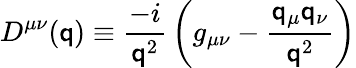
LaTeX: D^{\mu\nu}(\mathsf{q})\equiv{\frac{{-i}}{{\mathsf{q}^{2}}}}\left(g_{\mu\nu}-{\frac{{\mathsf{q}_{\mu}\mathsf{q}_{\nu}}}{{\mathsf{q}^{2}}}}\right)